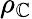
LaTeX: \rho_{\mathbb{C}}